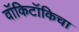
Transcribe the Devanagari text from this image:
वॉकिटॉकिचा